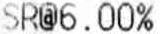
SR@6.00%